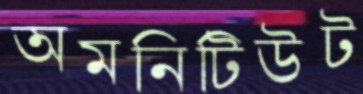
অমনিটিউট